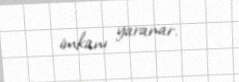
imkanı yaranar.